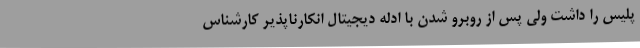
پلیس را داشت ولی پس از روبرو شدن با ادله دیجیتال انکارناپذیر کارشناس